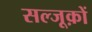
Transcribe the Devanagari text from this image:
सल्जूक़ों